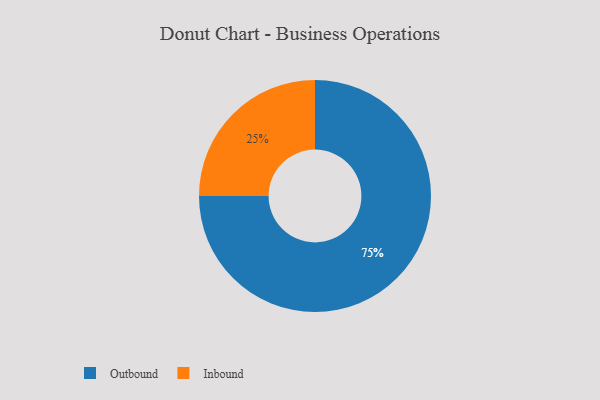
{"axis": {"x": "Category", "y": "Percentage"}, "legend": ["Inbound", "Outbound"], "data": [{"x": "Outbound", "y": 75, "type": "Outbound"}, {"x": "Inbound", "y": 25, "type": "Inbound"}]}